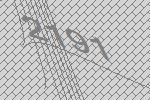
2191